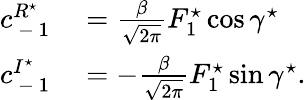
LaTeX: \begin{array}{rl}{c_{\mathrm{~-~}1}^{R^{\star}}}&{{}=\frac{\beta}{\sqrt{2\pi}}F_{1}^{\star}\cos\gamma^{\star}}\\ {c_{\mathrm{~-~}1}^{I^{\star}}}&{{}=-\frac{\beta}{\sqrt{2\pi}}F_{1}^{\star}\sin\gamma^{\star}.}\end{array}